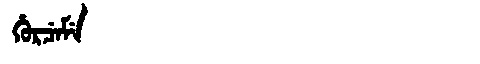
Manchu: ᡥᡠᡵᠴᡝᠮᡝ
Romanization: HURCEME